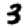
Digit: 3